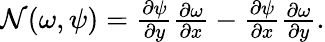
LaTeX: \begin{array}{r}{{}\mathcal{N}(\omega,\psi)=\frac{\partial\psi}{\partial y}\frac{\partial\omega}{\partial x}-\frac{\partial\psi}{\partial x}\frac{\partial\omega}{\partial y}.}\end{array}